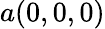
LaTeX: a(0,0,0)